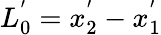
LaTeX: L_{0}^{'}=x_{2}^{'}-x_{1}^{'}